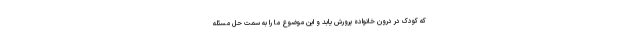
که کودک در درون خانواده پرورش یابد و این موضوع ما را به سمت حل مسئله